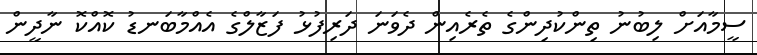
ސީމާއަށް ލިބުނު ތިންކުދިންގެ ތެރެއިން ދެވަނަ ދަރިފުޅު ފަޒާލްގެ އެއްމާބަނޑު ކޮއްކޮ ނާދީން